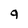
Character: 9